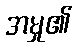
အမှု၏